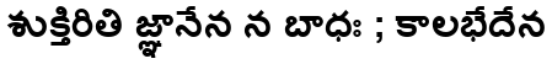
శుక్తిరితి జ్ఞానేన న బాధః ; కాలభేదేన